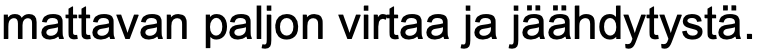
mattavan paljon virtaa ja jäähdytystä.